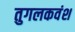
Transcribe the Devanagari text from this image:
तुगलकवंश